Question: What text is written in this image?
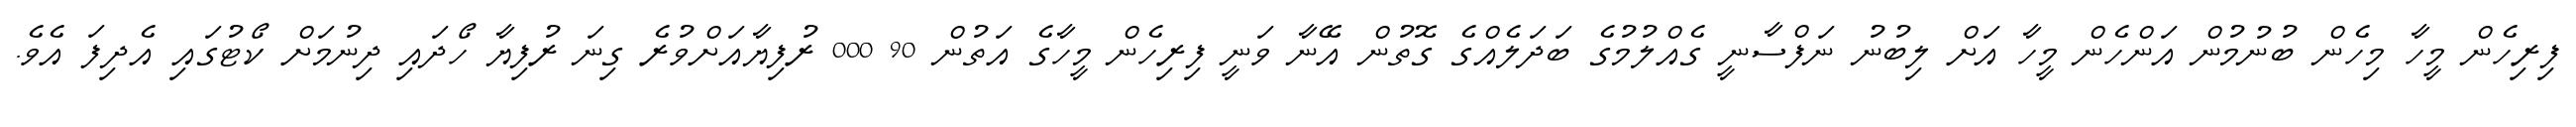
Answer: ފިރިހެން މީހާ މިހެން ބުނުމުން އަންހެން މީހާ އަށް ލިބުނު ނަފްސާނީ ގެއްލުމުގެ ބަދަލެއްގެ ގޮތުން އޭނާ ވަނީ ފިރިހެން މީހާގެ އަތުން 90 000 ރުފިޔާއަށްވުރެ ގިނަ ރުފިޔާ ހޯދައި ދިނުމަށް ކޯޓުގައި އެދިފަ އެވެ.